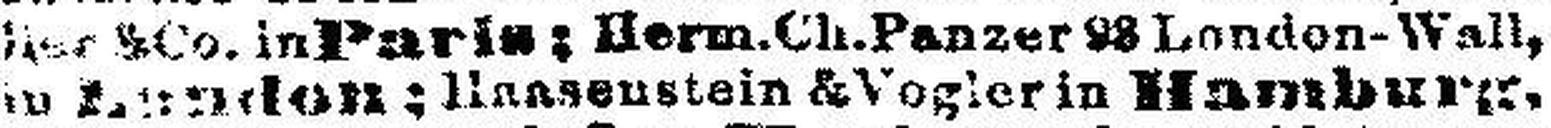
in London; li###stein & Vogler in Hamburg,